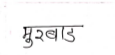
मजकूर: मुरबाड